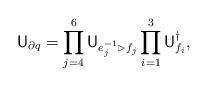
LaTeX: \begin{align*} {\mathsf U}_{\partial q} = \prod\limits_{j=4}^6 {\mathsf U}_{e_j^{-1}\rhd f_j} \prod\limits_{i=1}^3 {\mathsf U}_{f_i}^\dagger,\end{align*}